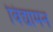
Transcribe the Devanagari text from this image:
विद्यामन